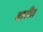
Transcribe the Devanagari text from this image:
बारीत